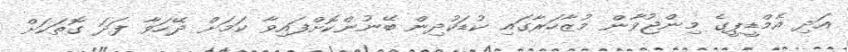
އަދި އެމްޑީޕީގެ މިންޖުވާން މުޒާހަރާގައި ކުޑަކުދިން ބޭނުންކޮށްފައިވާ ކަމަށް ދޭހަވާ ފަދަ ގޮތަކަށް